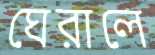
ঘেরালে